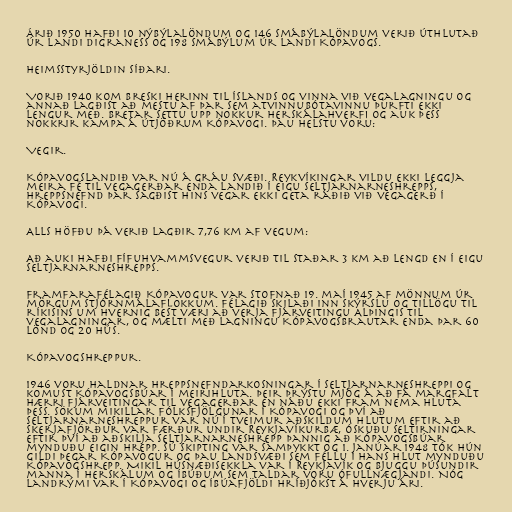
Árið 1950 hafði 10 nýbýlalöndum og 146 smábýlalöndum verið úthlutað
úr landi Digraness og 198 smábýlum úr landi Kópavogs.

Heimsstyrjöldin síðari.

Vorið 1940 kom breski herinn til Íslands og vinna við vegalagningu og
annað lagðist að mestu af þar sem atvinnubótavinnu þurfti ekki
lengur með. Bretar settu upp nokkur herskálahverfi og auk þess
nokkrir kampa á útjöðrum Kópavogi. Þau helstu voru:

Vegir.

Kópavogslandið var nú á gráu svæði. Reykvíkingar vildu ekki leggja
meira fé til vegagerðar enda landið í eigu Seltjarnarneshrepps,
hreppsnefnd þar sagðist hins vegar ekki geta ráðið við vegagerð í
Kópavogi.

Alls höfðu þá verið lagðir 7,76 km af vegum:

Að auki hafði Fífuhvammsvegur verið til staðar 3 km að lengd en í eigu
Seltjarnarneshrepps.

Framfarafélagið Kópavogur var stofnað 19. maí 1945 af mönnum úr
mörgum stjórnmálaflokkum. Félagið skilaði inn skýrslu og tillögu til
ríkisins um hvernig best væri að verja fjárveitingu Alþingis til
vegalagningar, og mælti með lagningu Kópavogsbrautar enda þar 60
lönd og 20 hús.

Kópavogshreppur.

1946 voru haldnar hreppsnefndarkosningar í Seltjarnarneshreppi og
komust Kópavogsbúar í meirihluta. Þeir þrýstu mjög á að fá margfalt
hærri fjárveitingar til vegagerðar en náðu ekki fram nema hluta
þess. Sökum mikillar fólksfjölgunar í Kópavogi og því að
Seltjarnarneshreppur var nú í tveimur aðskildum hlutum eftir að
Skerjafjörður var færður undir Reykjavíkurbæ, óskuðu Seltirningar
eftir því að aðskilja Seltjarnarneshrepp þannig að Kópavogsbúar
mynduðu eigin hrepp. Sú skipting var samþykkt og 1. janúar 1948 tók hún
gildi þegar Kópavogur og þau landsvæði sem féllu í hans hlut mynduðu
Kópavogshrepp. Mikil húsnæðisekkla var í Reykjavík og bjuggu þúsundir
manna í herskálum og íbúðum sem taldar voru ófullnægjandi. Nóg
landrými var í Kópavogi og íbúafjöldi hríðjókst á hverju ári.